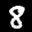
Label: 8